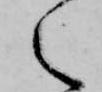
之